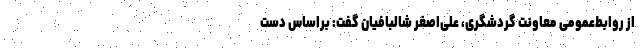
از روابط‌عمومی معاونت گردشگری، علی‌اصغر شالبافیان گفت: براساس دست